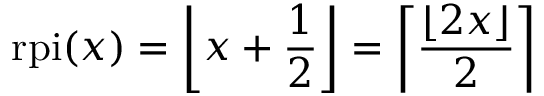
{ \mathrm { r p i } } ( x ) = \left\lfloor x + { \frac { 1 } { 2 } } \right\rfloor = \left\lceil { \frac { \lfloor 2 x \rfloor } { 2 } } \right\rceil